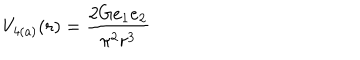
LaTeX: V _ { \mathrm { 4 ( a ) } } ( r ) = \frac { 2 G e _ { 1 } e _ { 2 } } { \pi ^ { 2 } r ^ { 3 } }